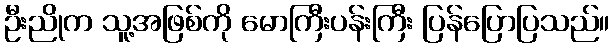
ဦးညိုက သူ့အဖြစ်ကို မောကြီးပန်းကြီး ပြန်ပြောပြသည်။